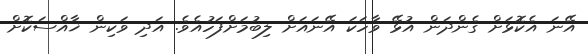
އޭނަ އެކޮޅަށް ގެންދަން އުޅޭ ވާހަކަ އޭނައަށް ލިބުމަށްފަހުއެވެ. އަދި ވަކިން ޚާއްސަކޮށް